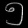
Digit: ၅